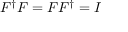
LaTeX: F ^ { \dagger } F = F F ^ { \dagger } = I